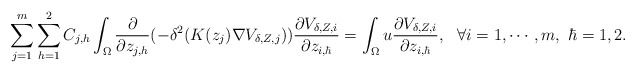
\begin{align*}\sum_{j=1}^m\sum_{h=1}^2C_{j,h}\int_{\Omega}\frac{\partial}{\partial z_{j,h}}(-\delta^2(K(z_j)\nabla V_{\delta, Z,j}))\frac{\partial V_{\delta, Z,i}}{\partial z_{i,\hbar}}=\int_{\Omega}u \frac{\partial V_{\delta, Z,i}}{\partial z_{i,\hbar}},\ \ \forall i=1,\cdots,m,\ \hbar=1,2.\end{align*}